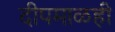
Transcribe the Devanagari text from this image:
दीपमाळही